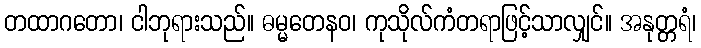
တထာဂတော၊ ငါဘုရားသည်။ ဓမ္မတေနဝ၊ ကုသိုလ်ကံတရာဖြင့်သာလျှင်။ အနုတ္တရံ၊